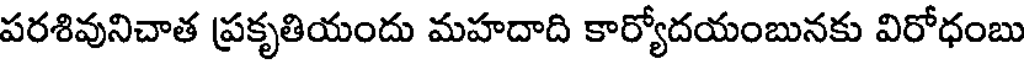
పరశివునిచాత ప్రకృతియందు మహదాది కార్యోదయంబునకు విరోధంబు